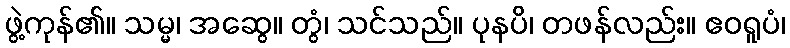
ဖွဲ့ကုန်၏။ သမ္မ၊ အဆွေ။ တွံ၊ သင်သည်။ ပုနပိ၊ တဖန်လည်း။ ဧဝရူပံ၊